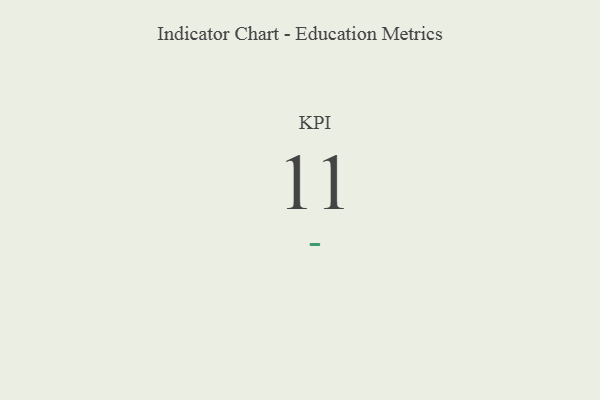
{"axis": {"x": "KPI", "y": "Value"}, "legend": [""], "data": [{"x": "KPI", "y": 11, "type": ""}]}